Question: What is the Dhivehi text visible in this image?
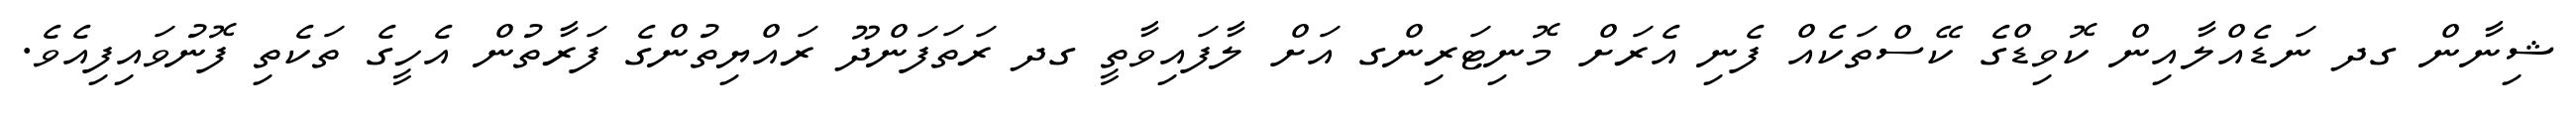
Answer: ޝިނާން ގދ ނަޑެއްލާއިން ކޮވިޑްގެ ކޭސްތަކެއް ފެނި އެރަށް މޮނިޓަރިންގ އަށް ލާފައިވާތީ ގދ ރަތަފަންދޫ ރައްޔިތުންގެ ފަރާތުން އެހީގެ ތަކެތި ފޮނުވައިފިއެވެ.